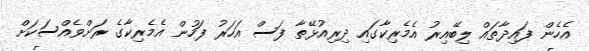
އެހެން ފައިދާތައް ލިބޭއިރު އެމެރިކާގައި ދިރިއުޅޭތާ ފަސް އަހަރު ފަހުން އެމެރިކާގެ ރަށްވެއްސަކަށް